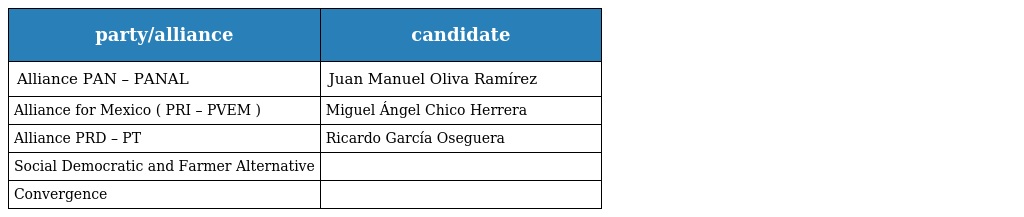
| party/alliance | candidate |
 | --- | --- |
 | Alliance PAN – PANAL | Juan Manuel Oliva Ramírez |
 | Alliance for Mexico ( PRI – PVEM ) | Miguel Ángel Chico Herrera |
 | Alliance PRD – PT | Ricardo García Oseguera |
 | Social Democratic and Farmer Alternative |  |
 | Convergence |  |